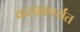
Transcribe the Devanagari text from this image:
कसाबपर्यंत